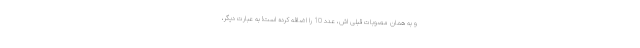
و به همان مصوبات قبلی اش، عدد 10 را اضافه کرده است! به عبارت دیگر،